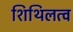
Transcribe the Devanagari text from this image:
शिथिलत्व